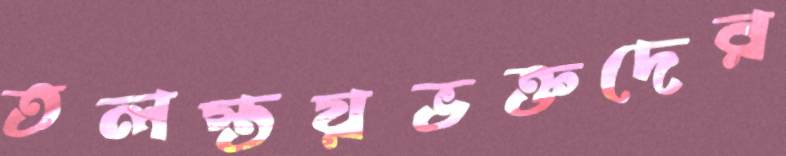
তলস্তয়ভক্তদের